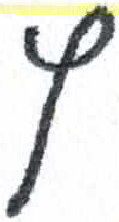
אות: ץ